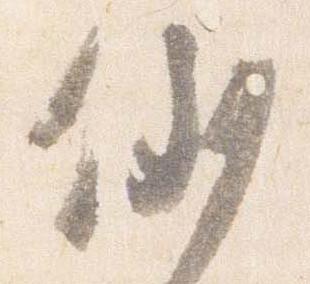
例